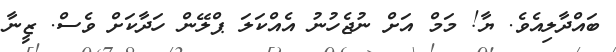
ބައްދާލިއެވެ. ޔާ! މަމް އަށް ނުޖެހުނު އެއްކަލަ ޕްލޭން ހަދާކަށް ވެސް. ޒީނާ